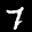
Label: 7